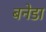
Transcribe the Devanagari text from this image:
बनेडा